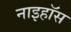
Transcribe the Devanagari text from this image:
नाइहॉस